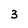
Character: 3